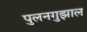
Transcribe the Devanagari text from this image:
पुलनगुझाल